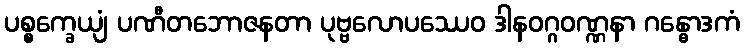
ပစ္စက္ခေယျံ ပဏီတဘောဇနတာ ပုဗ္ဗလောပဿေဝ ဒါနဝဂ္ဂဝဏ္ဏနာ ဂန္ဓောဒကံ